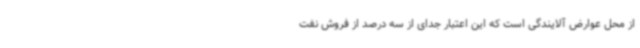
از محل عوارض آلایندگی است که این اعتبار جدای از سه درصد از فروش نفت